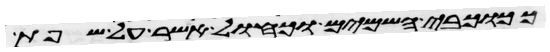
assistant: ככוכבי השמים וכחול אשר על שפת